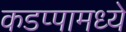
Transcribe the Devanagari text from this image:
कडप्पामध्ये